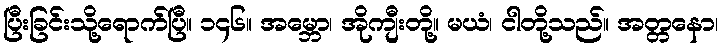
ပြီးခြင်းသို့ရောက်ပြီ။ ၁၄၆။ အမ္ဘော၊ အိုကျီးတို့။ မယံ၊ ငါတို့သည်။ အတ္တနော၊